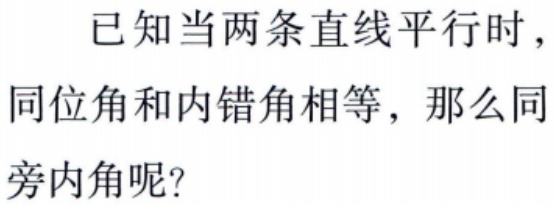
已知当两条直线平行时，同位角和内错角相等，那么同旁内角呢？